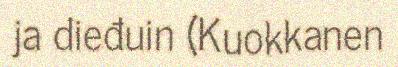
ja dieđuin (Kuokkanen